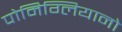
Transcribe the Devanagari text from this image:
पोमिग्लियानो